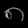
Digit: ၈